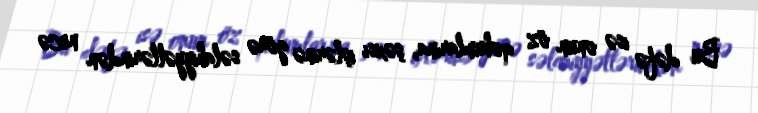
Bu dəfə isə onun öz qohumlarına, şəxsi işlərinə görə səlahiyyətlərindən necə